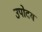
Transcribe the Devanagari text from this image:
उपोदय